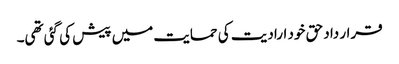
قرار داد حق خود ارادیت کی حمایت میں پیش کی گئی تھی۔